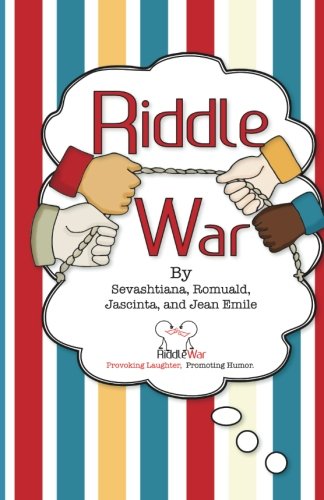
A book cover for Riddle War: Riddles That Provoke Laughter and Promote Humor; Jean Emile; Humor & Entertainment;